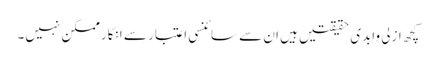
کچھ ازلی وابدی حقیقتیں ہیں ان سے سائنسی اعتبار سے انکار ممکن نہیں۔